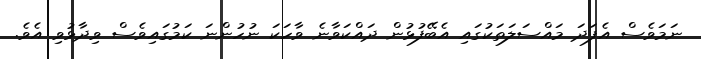
ނަމަވެސް އެފަދަ މައްސަލަތަކުގައި އެބޭފުޅުން ދައްކަވާނެ ވާހަކަ ނުހުންނަ ކަމުގައިވެސް ވިދާޅުވި އެވެ.